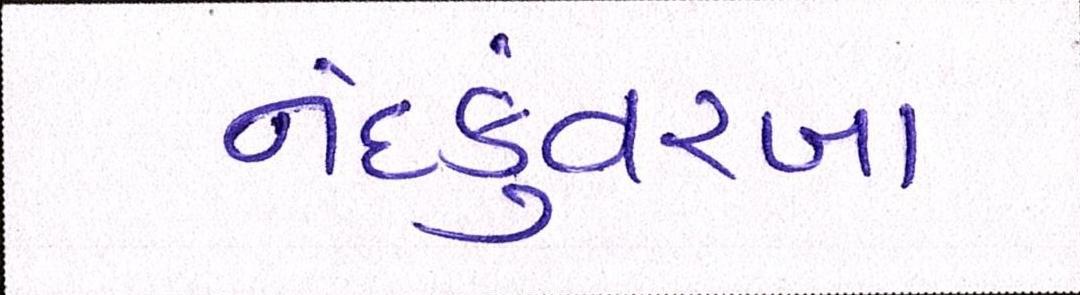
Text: નંદકુંવરબા